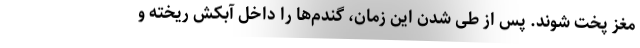
مغز پخت شوند. پس از طی شدن این زمان، گندم‌ها را داخل آبکش ریخته و